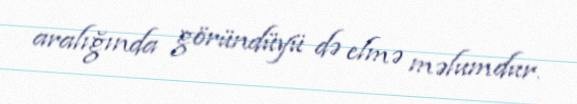
aralığında göründüyü də elmə məlumdur.